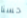
حسنا